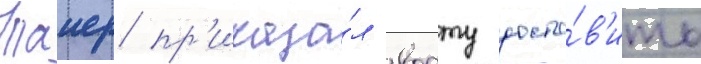
Таиер пр'иказа́л ворту доста́в'ить